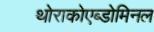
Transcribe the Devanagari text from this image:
थोराकोएब्डोमिनल